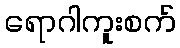
ရောဂါကူးစက်